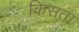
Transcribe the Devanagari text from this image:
किसता